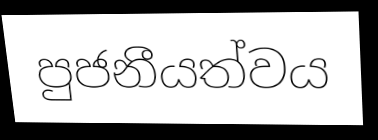
පුජනීයත්වය